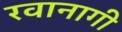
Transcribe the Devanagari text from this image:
रवानागी